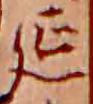
延